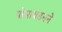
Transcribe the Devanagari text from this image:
पोसायडनने